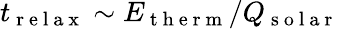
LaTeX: t_{\mathrm{~r~e~l~a~x~}}\sim E_{\mathrm{~t~h~e~r~m~}}/Q_{\mathrm{~s~o~l~a~r~}}